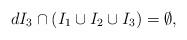
LaTeX: \begin{align*}d I_3 \cap (I_1 \cup I_2 \cup I_3) = \emptyset,\end{align*}